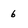
Character: 6